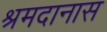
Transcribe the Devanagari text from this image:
श्रमदानास